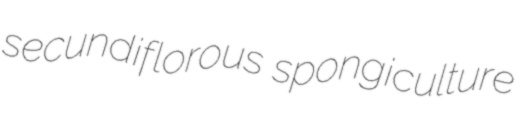
secundiflorous spongiculture